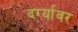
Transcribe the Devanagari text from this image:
दर्ग्यावर